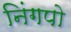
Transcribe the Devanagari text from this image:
निंगपो